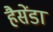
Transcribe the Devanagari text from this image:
हैसेंडा